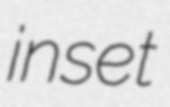
inset